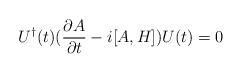
LaTeX: \begin{align*}U^{\dagger}(t)({{\partial A} \over {\partial t}} - i[A,H]) U(t) = 0\end{align*}